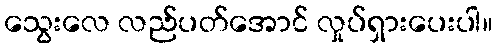
သွေးလေ လည်ပတ်အောင် လှုပ်ရှားပေးပါ။